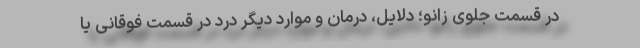
در قسمت جلوی زانو؛ دلایل، درمان و موارد دیگر درد در قسمت فوقانی یا